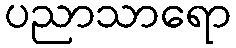
ပညာသာရော